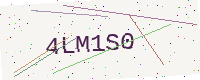
Text: 4LM1S0